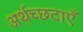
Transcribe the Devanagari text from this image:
अर्थच्छटाएँ